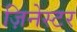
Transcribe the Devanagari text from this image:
ज़िनेस्टर